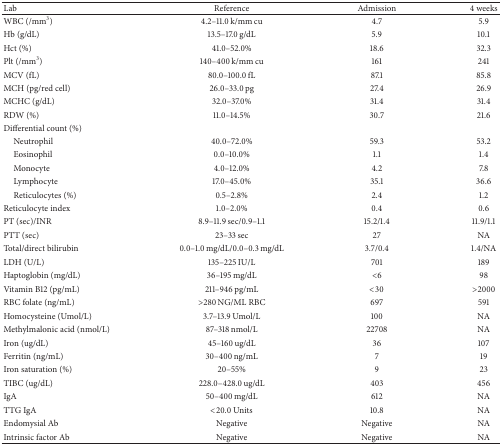
<table><thead><tr><td><b>Lab</b></td><td><b>Reference</b></td><td><b>Admission</b></td><td><b>4 weeks</b></td></tr></thead><tbody><tr><td>WBC (/mm<sup>3</sup>)</td><td>4.2–11.0 k/mm cu</td><td>4.7</td><td>5.9</td></tr><tr><td>Hb (g/dL)</td><td>13.5–17.0 g/dL</td><td>5.9</td><td>10.1</td></tr><tr><td>Hct (%)</td><td>41.0–52.0%</td><td>18.6</td><td>32.3</td></tr><tr><td>Plt (/mm<sup>3</sup>)</td><td>140–400 k/mm cu</td><td>161</td><td>241</td></tr><tr><td>MCV (fL)</td><td>80.0–100.0 fL</td><td>87.1</td><td>85.8</td></tr><tr><td>MCH (pg/red cell)</td><td>26.0–33.0 pg</td><td>27.4</td><td>26.9</td></tr><tr><td>MCHC (g/dL)</td><td>32.0–37.0%</td><td>31.4</td><td>31.4</td></tr><tr><td>RDW (%)</td><td>11.0–14.5%</td><td>30.7</td><td>21.6</td></tr><tr><td>Differential count (%)</td><td> </td><td> </td><td> </td></tr><tr><td> Neutrophil</td><td>40.0–72.0%</td><td>59.3</td><td>53.2</td></tr><tr><td> Eosinophil</td><td>0.0–10.0%</td><td>1.1</td><td>1.4</td></tr><tr><td> Monocyte</td><td>4.0–12.0%</td><td>4.2</td><td>7.8</td></tr><tr><td> Lymphocyte</td><td>17.0–45.0%</td><td>35.1</td><td>36.6</td></tr><tr><td> Reticulocytes (%)</td><td>0.5–2.8%</td><td>2.4</td><td>1.2</td></tr><tr><td>Reticulocyte index</td><td>1.0–2.0%</td><td>0.4</td><td>0.6</td></tr><tr><td>PT (sec)/INR</td><td>8.9–11.9 sec/0.9–1.1</td><td>15.2/1.4</td><td>11.9/1.1</td></tr><tr><td>PTT (sec)</td><td>23–33 sec</td><td>27</td><td>NA</td></tr><tr><td>Total/direct bilirubin</td><td>0.0–1.0 mg/dL/0.0–0.3 mg/dL</td><td>3.7/0.4</td><td>1.4/NA</td></tr><tr><td>LDH (U/L)</td><td>135–225 IU/L</td><td>701</td><td>189</td></tr><tr><td>Haptoglobin (mg/dL)</td><td>36–195 mg/dL</td><td>&lt;6</td><td>98</td></tr><tr><td>Vitamin B12 (pg/mL)</td><td>211–946 pg/mL</td><td>&lt;30</td><td>&gt;2000</td></tr><tr><td>RBC folate (ng/mL)</td><td>&gt;280 NG/ML RBC</td><td>697</td><td>591</td></tr><tr><td>Homocysteine (Umol/L)</td><td>3.7–13.9 Umol/L</td><td>100</td><td>NA</td></tr><tr><td>Methylmalonic acid (nmol/L)</td><td>87–318 nmol/L</td><td>22708</td><td>NA</td></tr><tr><td>Iron (ug/dL)</td><td>45–160 ug/dL</td><td>36</td><td>107</td></tr><tr><td>Ferritin (ng/mL)</td><td>30–400 ng/mL</td><td>7</td><td>19</td></tr><tr><td>Iron saturation (%)</td><td>20–55%</td><td>9</td><td>23</td></tr><tr><td>TIBC (ug/dL)</td><td>228.0–428.0 ug/dL</td><td>403</td><td>456</td></tr><tr><td>IgA</td><td>50–400 mg/dL</td><td>612</td><td>NA</td></tr><tr><td>TTG IgA</td><td>&lt;20.0 Units</td><td>10.8</td><td>NA</td></tr><tr><td>Endomysial Ab</td><td>Negative</td><td>Negative</td><td>NA</td></tr><tr><td>Intrinsic factor Ab</td><td>Negative</td><td>Negative</td><td>NA</td></tr></tbody></table>